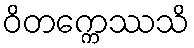
ဝိတက္ကေဿသိ